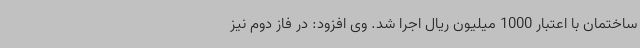
ساختمان با اعتبار 1000 میلیون ریال اجرا شد. وی افزود: در فاز دوم نیز